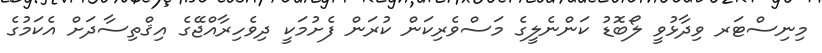
މިނިސްޓަރ ވިދާޅުވީ ލޯބޮޑު ކަންނެލީގެ މަސްވެރިކަން ކުރަން ފެށުމަކީ ދިވެހިރާއްޖޭގެ އިޤްތިސާދަށް އެކަމުގެ